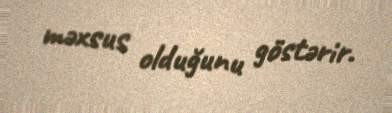
məxsus olduğunu göstərir.